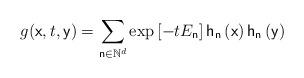
LaTeX: \begin{align*}g(\mathsf{x},t,\mathsf{y})=\sum_{\mathsf{n}\in \mathbb{N}^{d}}\exp \left[-tE_{\mathsf{n}}\right] \mathsf{h}_{\mathsf{n}}\left( \mathsf{x}\right) \mathsf{h}_{\mathsf{n}}\left( \mathsf{y}\right) \end{align*}